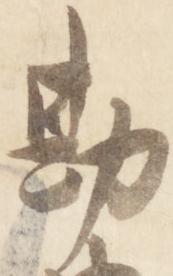
勘